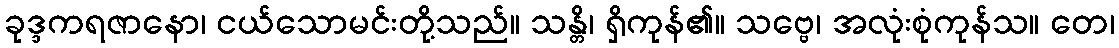
ခုဒ္ဒကရဇာနော၊ ငယ်သောမင်းတို့သည်။ သန္တိ၊ ရှိကုန်၏။ သဗ္ဗေ၊ အလုံးစုံကုန်သ။ တေ၊